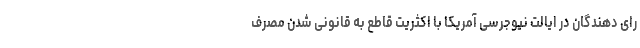
رای دهندگان در ایالت نیوجرسی آمریکا با اکثریت قاطع به قانونی شدن مصرف